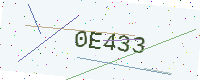
Text: 0E433